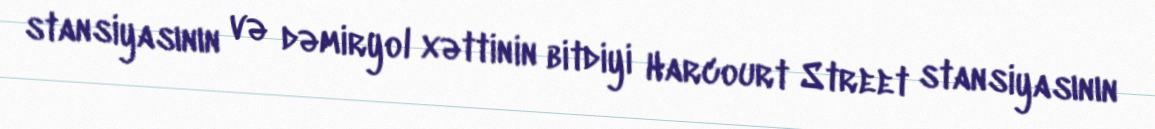
stansiyasının və dəmiryol xəttinin bitdiyi Harcourt Street stansiyasının